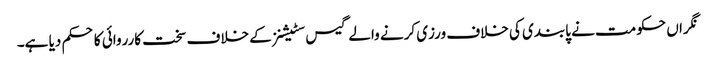
نگراں حکومت نے پابندی کی خلاف ورزی کرنے والے گیس سٹیشنز کے خلاف سخت کارروائی کا حکم دیا ہے۔